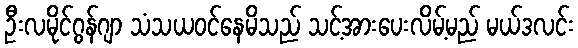
ဦးလမိုင်ဂွန်ဂျာ သံသယဝင်နေမိသည် သင့်အားပေးလိမ့်မည် မယ်ဒလင်း